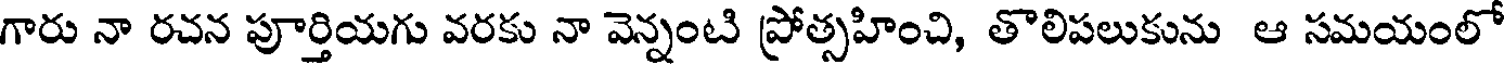
గారు నా రచన పూర్తియగు వరకు నా వెన్నంటి ప్రోత్సహించి, తొలిపలుకును ఆ సమయంలో